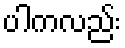
ပါကလည်း